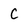
Character: C